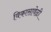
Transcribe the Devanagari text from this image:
विकासावेळी